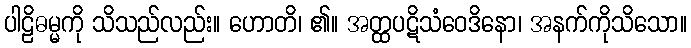
ပါဠိဓမ္မကို သိသည်လည်း။ ဟောတိ၊ ၏။ အတ္ထပဋိသံဝေဒိနော၊ အနက်ကိုသိသော။